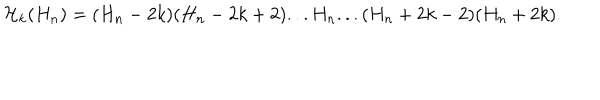
LaTeX: { \cal H } _ { k } ( H _ { n } ) = ( H _ { n } - 2 k ) ( H _ { n } - 2 k + 2 ) . . . H _ { n } . . . ( H _ { n } + 2 k - 2 ) ( H _ { n } + 2 k ) .